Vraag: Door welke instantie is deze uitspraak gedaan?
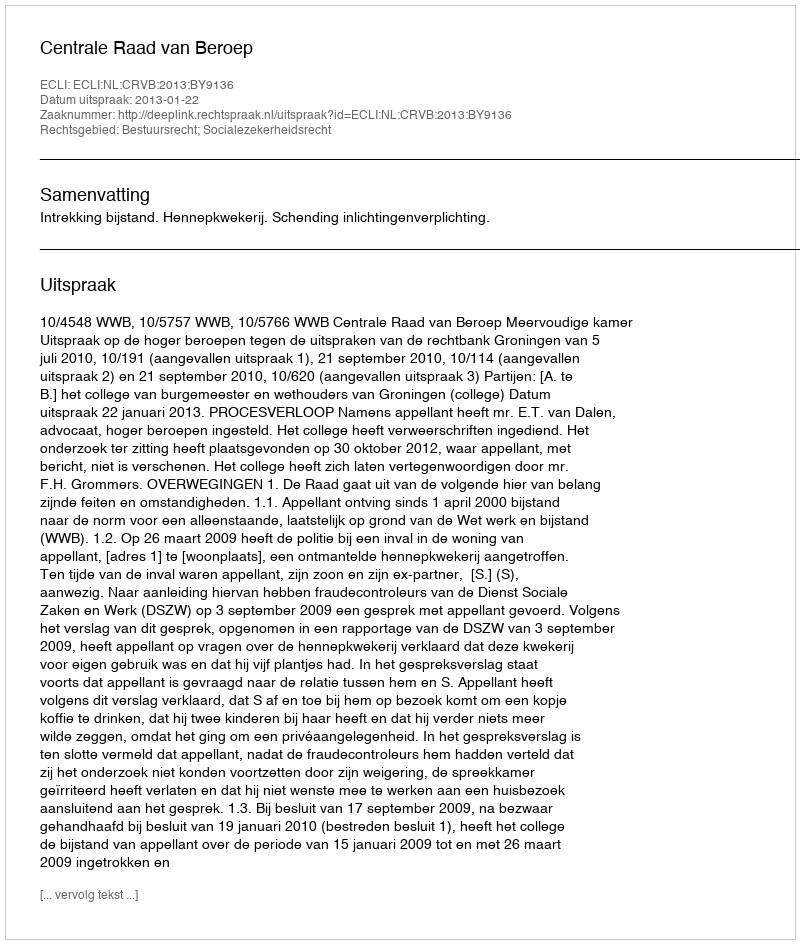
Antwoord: Centrale Raad van Beroep